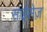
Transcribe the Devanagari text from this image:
सांईसेज़